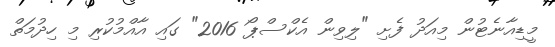
މީޑިއާނެޓުން މިއަދު ފެށި "ލިވިން އެކްސްޕޯ 2016" ގައި އާއްމުކުރި މި ހިދުމަތް